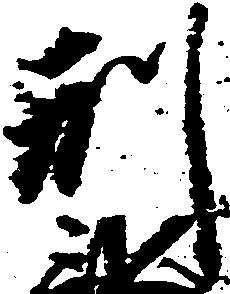
刑